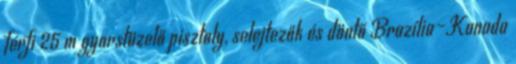
férfi 25 m gyorstüzelő pisztoly, selejtezők és döntő Brazília–Kanada